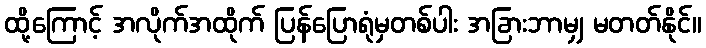
ထို့ကြောင့် အလိုက်အထိုက် ပြန်ပြောရုံမှတစ်ပါး အခြားဘာမျှ မတတ်နိုင်။